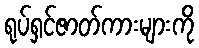
ရုပ်ရှင်ဇာတ်ကားများကို